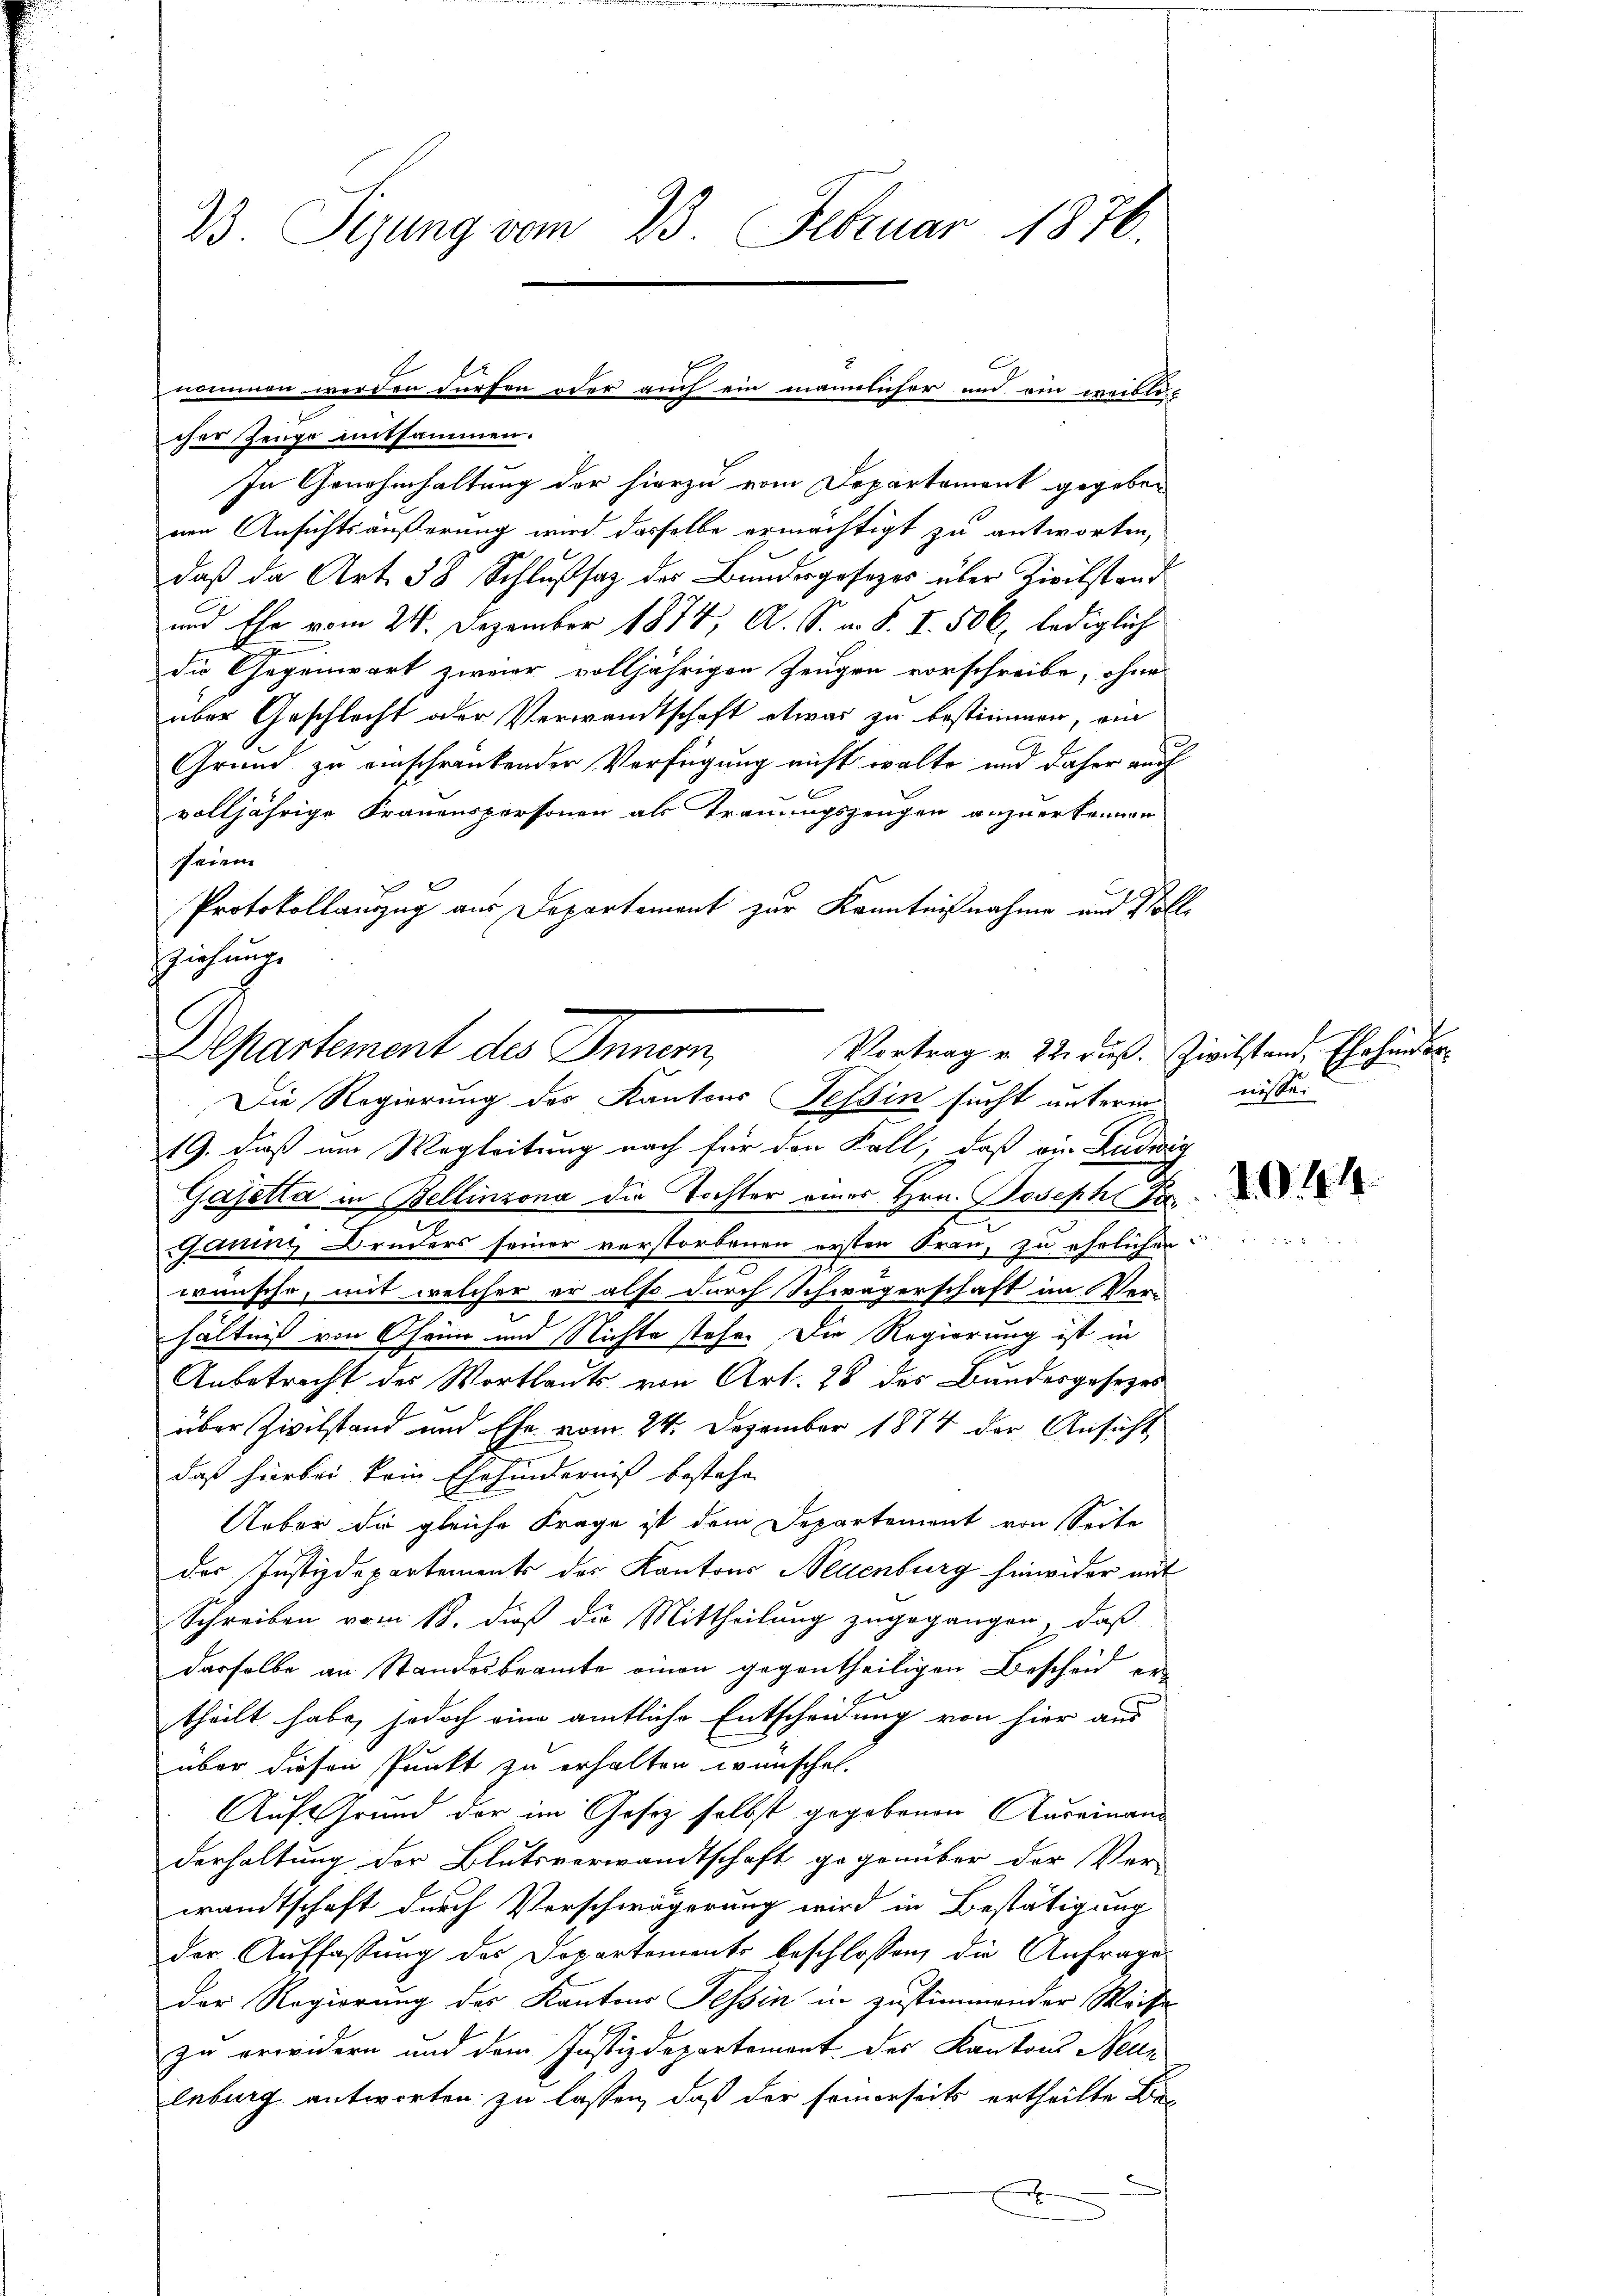
B. Tigung vom 23. Februar 1876

cher Zeuge mitsammen.
In Genehmhaltung der hierzu vom Departament gegebenen Ansichtsäußerung wird dasselbe ermächtigt zu antworten,
daß da Art. 38 Schlußsaz der Bundesgesezes über Zivilstand
und Ehe vom 24. Dezember 1874, A. S. m. S. I. 506, lediglich
die Gegenwart zweier volljährigen Zeugen vorschreibe, ohne
über Geschlecht oder Verwandtschaft etwas zu bestimmen, am
Grund zu einschränkender Verfügung nicht walte und daher auch
volljährige Frauenspersonen als Trauungszeugen anzuerkennen
seine
Protokollauszug aus Departement zur Kenntnißnahme und Poli
119. dieß am Wegleitung nach für den Fall, daß ein Ludwig
Gajetta in Bellinzona die Tochter eines Hrn. Joseph Fr
Garis Bruders seiner verstorbenen ersten Frau, zu ehrlichen
wünsche, mit welcher er also durch Schwägerschaft im Ver-
hältnis von Chri und Nichte stehe. Die Regierung ist in
Anbetracht des Wortlauts von Art. 28 des Bundesgesezes
über Zivilstand und Ehe vom 24. Dezember 1874 der Ansicht
daß hierbei kein Ehehinderniß bestehen
Ueber die gleiche Frage ist dem Departement von Seite
der Justizdepartements der Kantons Neuenburg hinwider mit
Schreiben vom 18. dieß die Mittheilung zugegangen, daß
derselbe an Standesbeamte einen gegentheiligen Bescheid ertheilt habe, jedoch eine amtliche Entscheidung von hier aus
über diesen Punkt zu erhalten wünschet.
Auf Grund der im Gesetz selbst gegebenen Auseinan
derhaltung der Blutsverwandtschaft gegenüber der Ver-
wandtschaft durch Verschwägerung wird in Bestätigung
der Auffassung des Departemento beschlossen, die Anfrages
der Regierung des Kantons Tessin in zustimmender Weise
zu erwidern und dem Justizdepartement des Kantons Neu-
leburg antworten zu lassen, daß der seinerseits ertheilte Be-
f

nommen werden dürfen oder auch ein männlicher und ein weiblis-

ziehung.
Departement des Innern,
Vortrag v. 22. Fuß. Zivilstand, Ehehinder
Die Regierung des Kantons Tessin sucht unterm

.

nissei

3

1044